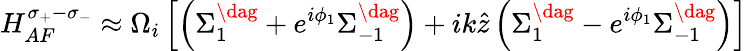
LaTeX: H_{AF}^{\sigma_{+}-\sigma_{-}}\approx\Omega_{i}\left[\left(\Sigma_{1}^{\dag}+e^{i\phi_{1}}\Sigma_{-1}^{\dag}\right)+ik\hat{z}\left(\Sigma_{1}^{\dag}-e^{i\phi_{1}}\Sigma_{-1}^{\dag}\right)\right]